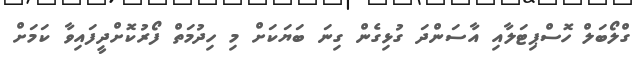
ގްލޯބަލް ހޮސްޕިޓަލާއި އާސަންދަ ގުޅިގެން ގިނަ ބަޔަކަށް މި ހިދުމަތް ފޯރުކޮށްދީފައިވާ ކަމަށް